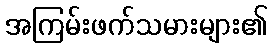
အကြမ်းဖက်သမားများ၏